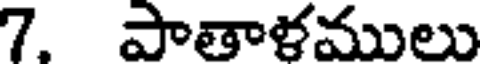
7. పాతాళములు